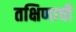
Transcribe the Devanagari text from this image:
तक्षिणाची